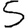
Digit: 5